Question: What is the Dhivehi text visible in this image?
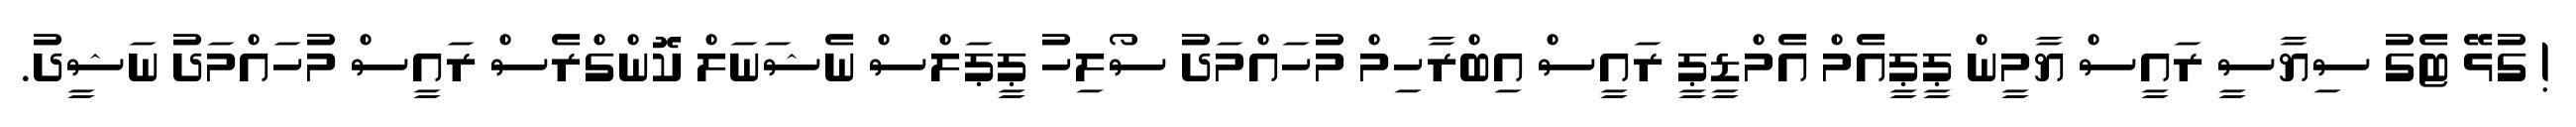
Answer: ! ގުޅޭ ޓެގު ސިޔާސީ ރައީސް ޔާމީން ޕީޕީއެމް އެމްޑީޕީ ރައީސް އިބްރާހިމް މުހައްމަދު ސޯލިހު ޕީޕަލްސް ނެޝަނަލް ކޮންގްރެސް ރައީސް މުހައްމަދު ނަޝީދު.